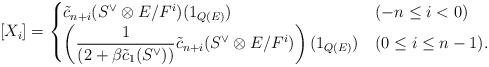
LaTeX: \begin{align*}[X_i] = \begin{cases}\tilde{c}_{n+i}(S^{\vee}\otimes E/F^i)(1_{Q(E)}) & (-n\leq i < 0)\\\left(\displaystyle\frac{1}{(2+\beta \tilde{c}_1(S^{\vee}))} \tilde{c}_{n+i}(S^{\vee}\otimes E/F^i)\right)(1_{Q(E)}) & (0\leq i \leq n-1).\end{cases}\end{align*}